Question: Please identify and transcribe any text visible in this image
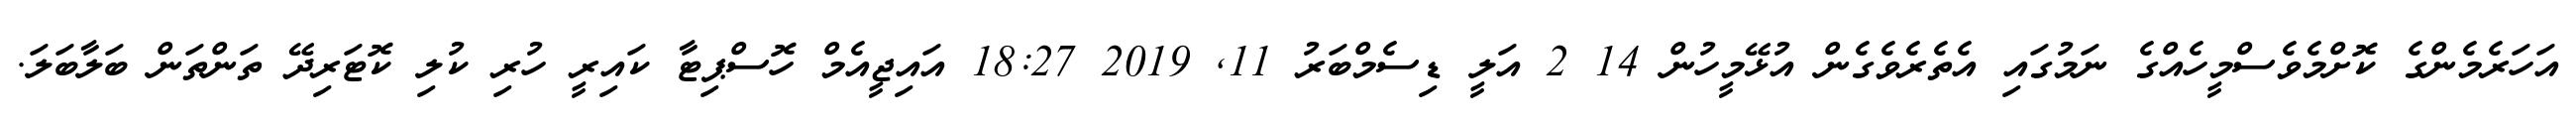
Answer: އަހަރެމެންގެ ކޮށްމެވެސްމީހެއްގެ ނަމުގައި އެތެރެވެގެން އުޅޭމީހުން 14 2 އަލީ ޑިސެމްބަރު 11, 2019 18:27 އައިޖީއެމް ހޮސްޕިޓާ ކައިރީ ހުރި ކުލި ކޮޓަރިދޭ ތަންތަން ބަލާބަލަ.